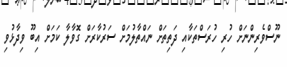
ނޫސްވެރިންނަށް ހުރި ހުރަސްތަކާއި ދަތިތަށް ނައްތާލުމަށް ސަރުކާރަށް ގޮވާލާ ކަަމަށް އިބޫ ވިދާޅުވި